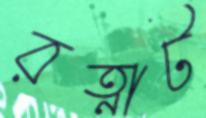
রত্নাট